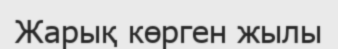
Жарық көрген жылы